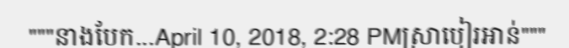
"""នាងបែក...April 10, 2018, 2:28 PMស្រាបៀរអាន់"""